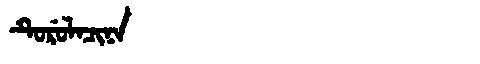
Manchu: ᡨᡠᡵᡠᠯᠠᠴᡳᠨᠠ
Romanization: TURULACINA